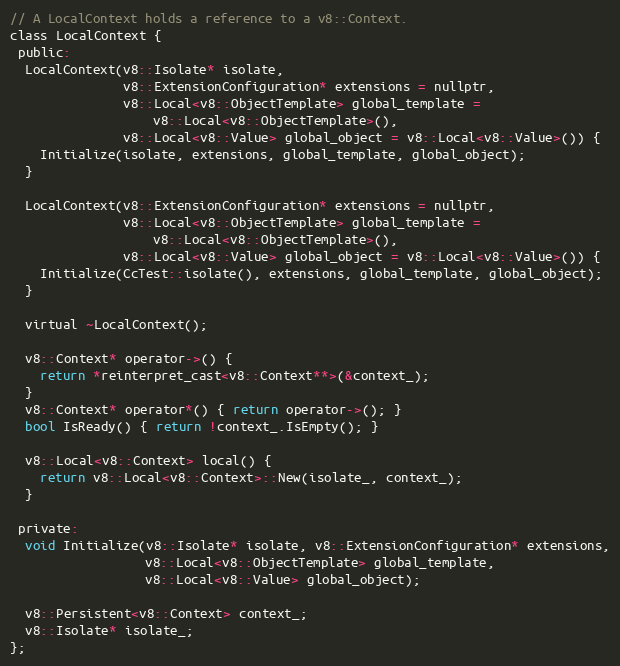
Language: C
// A LocalContext holds a reference to a v8::Context.
class LocalContext {
 public:
  LocalContext(v8::Isolate* isolate,
               v8::ExtensionConfiguration* extensions = nullptr,
               v8::Local<v8::ObjectTemplate> global_template =
                   v8::Local<v8::ObjectTemplate>(),
               v8::Local<v8::Value> global_object = v8::Local<v8::Value>()) {
    Initialize(isolate, extensions, global_template, global_object);
  }

  LocalContext(v8::ExtensionConfiguration* extensions = nullptr,
               v8::Local<v8::ObjectTemplate> global_template =
                   v8::Local<v8::ObjectTemplate>(),
               v8::Local<v8::Value> global_object = v8::Local<v8::Value>()) {
    Initialize(CcTest::isolate(), extensions, global_template, global_object);
  }

  virtual ~LocalContext();

  v8::Context* operator->() {
    return *reinterpret_cast<v8::Context**>(&context_);
  }
  v8::Context* operator*() { return operator->(); }
  bool IsReady() { return !context_.IsEmpty(); }

  v8::Local<v8::Context> local() {
    return v8::Local<v8::Context>::New(isolate_, context_);
  }

 private:
  void Initialize(v8::Isolate* isolate, v8::ExtensionConfiguration* extensions,
                  v8::Local<v8::ObjectTemplate> global_template,
                  v8::Local<v8::Value> global_object);

  v8::Persistent<v8::Context> context_;
  v8::Isolate* isolate_;
};